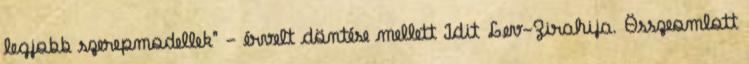
legjobb szerepmodellek" - érvelt döntése mellett Idit Lev-Zirahija. Összeomlott